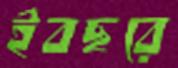
ইবছরে